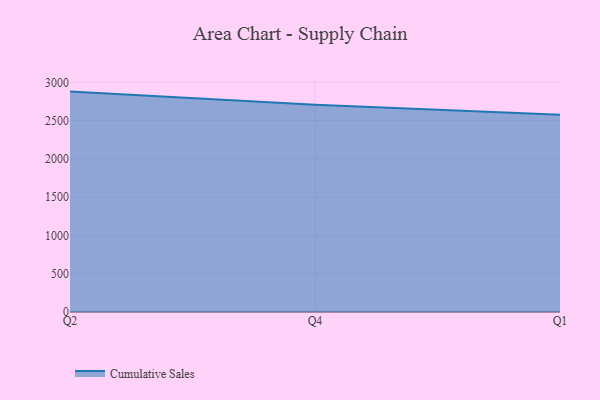
{"axis": {"x": "Quarter", "y": "Production Output"}, "legend": ["Cumulative Sales"], "data": [{"x": "Q2", "y": 2879.3, "type": "Cumulative Sales"}, {"x": "Q4", "y": 2705.9, "type": "Cumulative Sales"}, {"x": "Q1", "y": 2576.8, "type": "Cumulative Sales"}]}